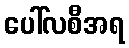
ပေါ်လစီအရ